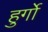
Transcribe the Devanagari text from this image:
हुर्गो